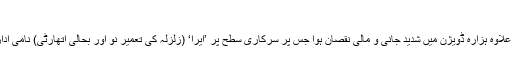
متاثرہ علاقوں میں بحالی کا کام تاحال جاری
اکتوبر 2005 کے ہولناک زلزلے میں آزاد کشمیر کے علاوہ ہزارہ ڈویژن میں شدید جانی و مالی نقصان ہوا جس پر سرکاری سطح پر ’ایرا‘ (زلزلہ کی تعمیر نو اور بحالی اتھارٹی) نامی ادارے کو بحالی کا کام سونپا گیا تھا جو مکمل نہ کر سکا۔